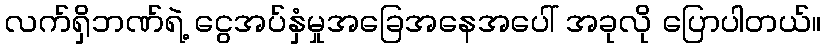
လက်ရှိဘဏ်ရဲ့ ငွေအပ်နှံမှုအခြေအနေအပေါ် အခုလို ပြောပါတယ်။